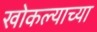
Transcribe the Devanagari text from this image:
खोकल्याच्या